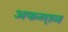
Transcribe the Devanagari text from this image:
अफगा़न